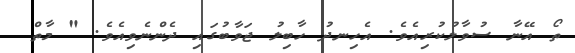
ތޯ އޭނާ ސުވާލުކުރިއެވެ. އެހިނދު ހާބިލު ޖަވާބުގައި ދެންނެވިއެވެ. " މާތް